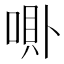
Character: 𱑗